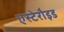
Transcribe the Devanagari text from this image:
एस्टेरौइड